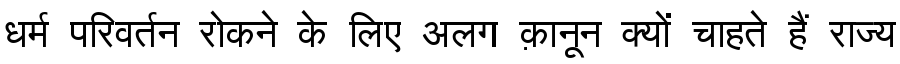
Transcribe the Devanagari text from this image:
धर्म परिवर्तन रोकने के लिए अलग क़ानून क्यों चाहते हैं राज्य